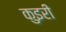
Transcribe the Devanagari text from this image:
कुइरी